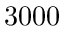
3 0 0 0